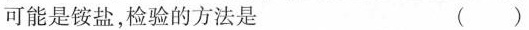
可能是铵盐，检验的方法是 ( )